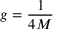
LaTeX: g = { \frac { 1 } { 4 M } }